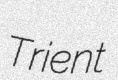
Trient